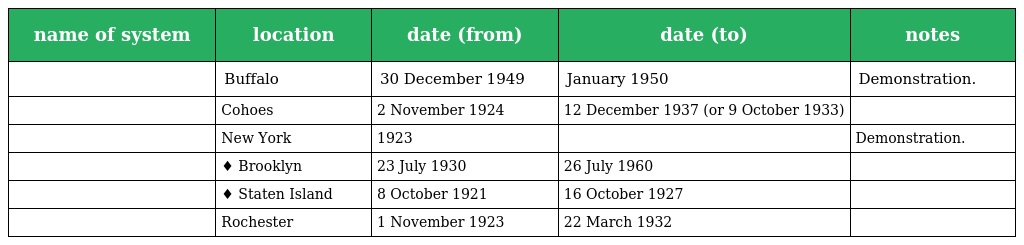
| name of system | location | date (from) | date (to) | notes |
 | --- | --- | --- | --- | --- |
 |  | Buffalo | 30 December 1949 | January 1950 | Demonstration. |
 |  | Cohoes | 2 November 1924 | 12 December 1937 (or 9 October 1933) |  |
 |  | New York | 1923 |  | Demonstration. |
 |  | ♦ Brooklyn | 23 July 1930 | 26 July 1960 |  |
 |  | ♦ Staten Island | 8 October 1921 | 16 October 1927 |  |
 |  | Rochester | 1 November 1923 | 22 March 1932 |  |